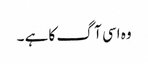
وہ اسی آگ کا ہے ۔